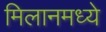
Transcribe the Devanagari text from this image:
मिलानमध्ये